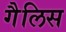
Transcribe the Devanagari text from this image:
गैलिस